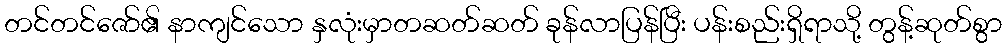
တင်တင်ဇော်၏ နာကျင်သော နှလုံးမှာတဆတ်ဆတ် ခုန်လာပြန်ပြီး ပန်းစည်းရှိရာသို့ တွန့်ဆုတ်စွာ